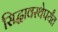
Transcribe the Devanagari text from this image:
सिद्धावस्थेपर्यंत